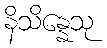
နိသိန္နေသု